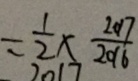
= \frac { 1 } { 2 } \times \frac { 2 0 1 7 } { 2 0 1 6 }